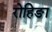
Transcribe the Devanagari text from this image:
रोहिङा